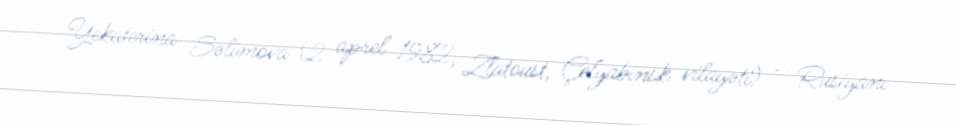
Yekaterina Səlimova (2 aprel 1982, Zlatoust, Çelyabinsk vilayəti) — Rusiyanı